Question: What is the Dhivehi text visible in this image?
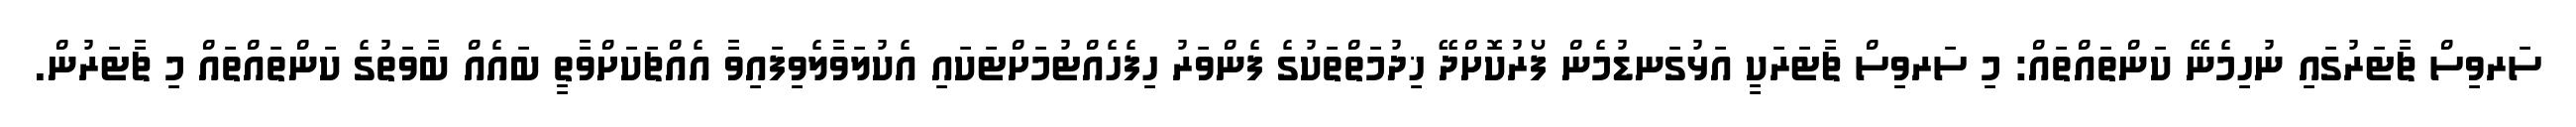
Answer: ސަރވިސް ޗާޓަރުގައި ނުހިމެނޭ ކަންތައްތައް: މި ސަރވިސް ޗާޓަރަކީ އަޅުގަނޑުމެން ފޯރުކޮށްދޭ ޚިދުމަތްތަކުގެ ފެންވަރު ހިފެހެއްޓުމަށްޓަކައި އެކުލަވާލެވިފައިވާ އެއްޗަކަށްވާތީ ބައެއް ބާވަތުގެ ކަންތައްތައް މި ޗާޓަރުން.